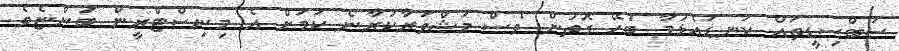
ސަބްސިޑީތައް ކަނޑައެޅުމާ ބެހޭ ގޮތުން ވެސް މަަޝްވަރާކުރާނެ ކަމަށް އެ މިނިސްޓްރީން ބުންޏެވެ.